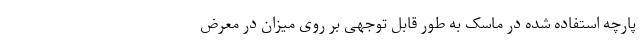
پارچه استفاده شده در ماسک به طور قابل توجهی بر روی میزان در معرض